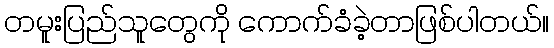
တမူးပြည်သူတွေကို ကောက်ခံခဲ့တာဖြစ်ပါတယ်။